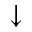
\downarrow